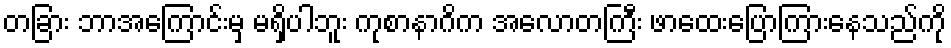
တခြား ဘာအကြောင်းမှ မရှိပါဘူး ကုစာနာဂိက အလောတကြီး ဖာထေးပြောကြားနေသည်ကို